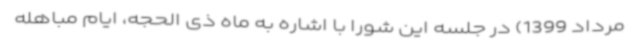
مرداد 1399) در جلسه این شورا با اشاره به ماه ذی الحجه، ایام مباهله